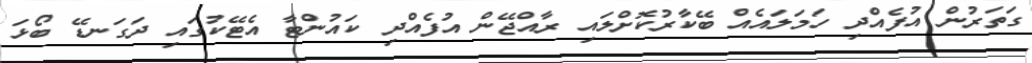
ގަތަރުން އުފެއްދި ހަމަލައެއް ބޭކާރުކޮށްލައި ރާއްޖޭން އުފެއްދި ކައުންޓާ އެޓޭކުގައި ދަގަނޑޭ ބޯޅަ